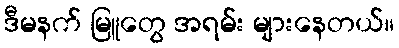
ဒီမနက် မြူတွေ အရမ်း များနေတယ်။